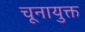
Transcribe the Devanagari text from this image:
चूनायुक्त